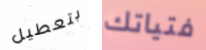
بتعطيل فتياتك